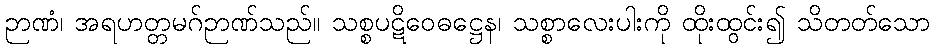
ဉာဏံ၊ အရဟတ္တမဂ်ဉာဏ်သည်။ သစ္စပဋိဝေဓဋ္ဌေန၊ သစ္စာလေးပါးကို ထိုးထွင်း၍ သိတတ်သော